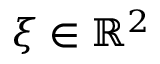
\xi \in \mathbb { R } ^ { 2 }